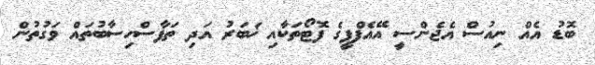
ބޮޑު އެއް ނިއުސް އެޖެންސީ އޭއެފްޕީގެ ފޮޓޯތަކާއި ޚަބަރު އަދި ތަފާސްހިސާބުތައް ވަގުތުން